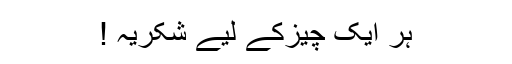
ہر ایک چیزکے لیے شکریہ !